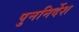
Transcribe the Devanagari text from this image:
पुननिर्देश